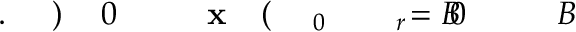
B \! \! \! \! \! \! \! \! \! \! \! \! _ { \! } \! \! \! \! \! \! \! \! \! \! \! 0 \! \! \! \! \! \! \! \! \! \! \! \! = B \! \! \! \! \! \! \! \! \! \! \! \! _ { r \! \! \! \! \! \! \! \! \! \! \! \! _ { \! } \! \! \! \! \! \! \! \! \! \! \! 0 } \! \! \! \! \! \! \! \! \! \! \! \! ( \! \! \! \! \! \! \! \! \! \! \! \! \mathbf { x } \! \! \! \! \! \! \! \! \! \! \! \! _ { \! } \! \! \! \! \! \! \! \! \! \! \! 0 \! \! \! \! \! \! \! \! \! \! \! \! ) \! \! \! \! \! \! \! \! \! \! \! \! . \! \! \! \! \! \! \! \! \! \! \!